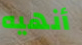
أنهيه